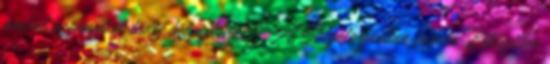
amivel azonnal el tudsz helyezkedni? A Salgótarjánban induló Bébiszitter